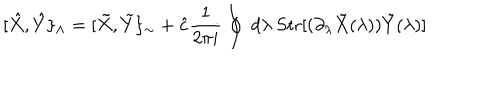
[ \hat { X } , \hat { Y } \} _ { \wedge } = [ \tilde { X } , \tilde { Y } \} _ { \sim } + \hat { c } \frac { 1 } { 2 \pi i } \oint \; d \lambda \; \mathrm { S t r } [ ( \partial _ { \lambda } \tilde { X } ( \lambda ) ) \tilde { Y } ( \lambda ) ]